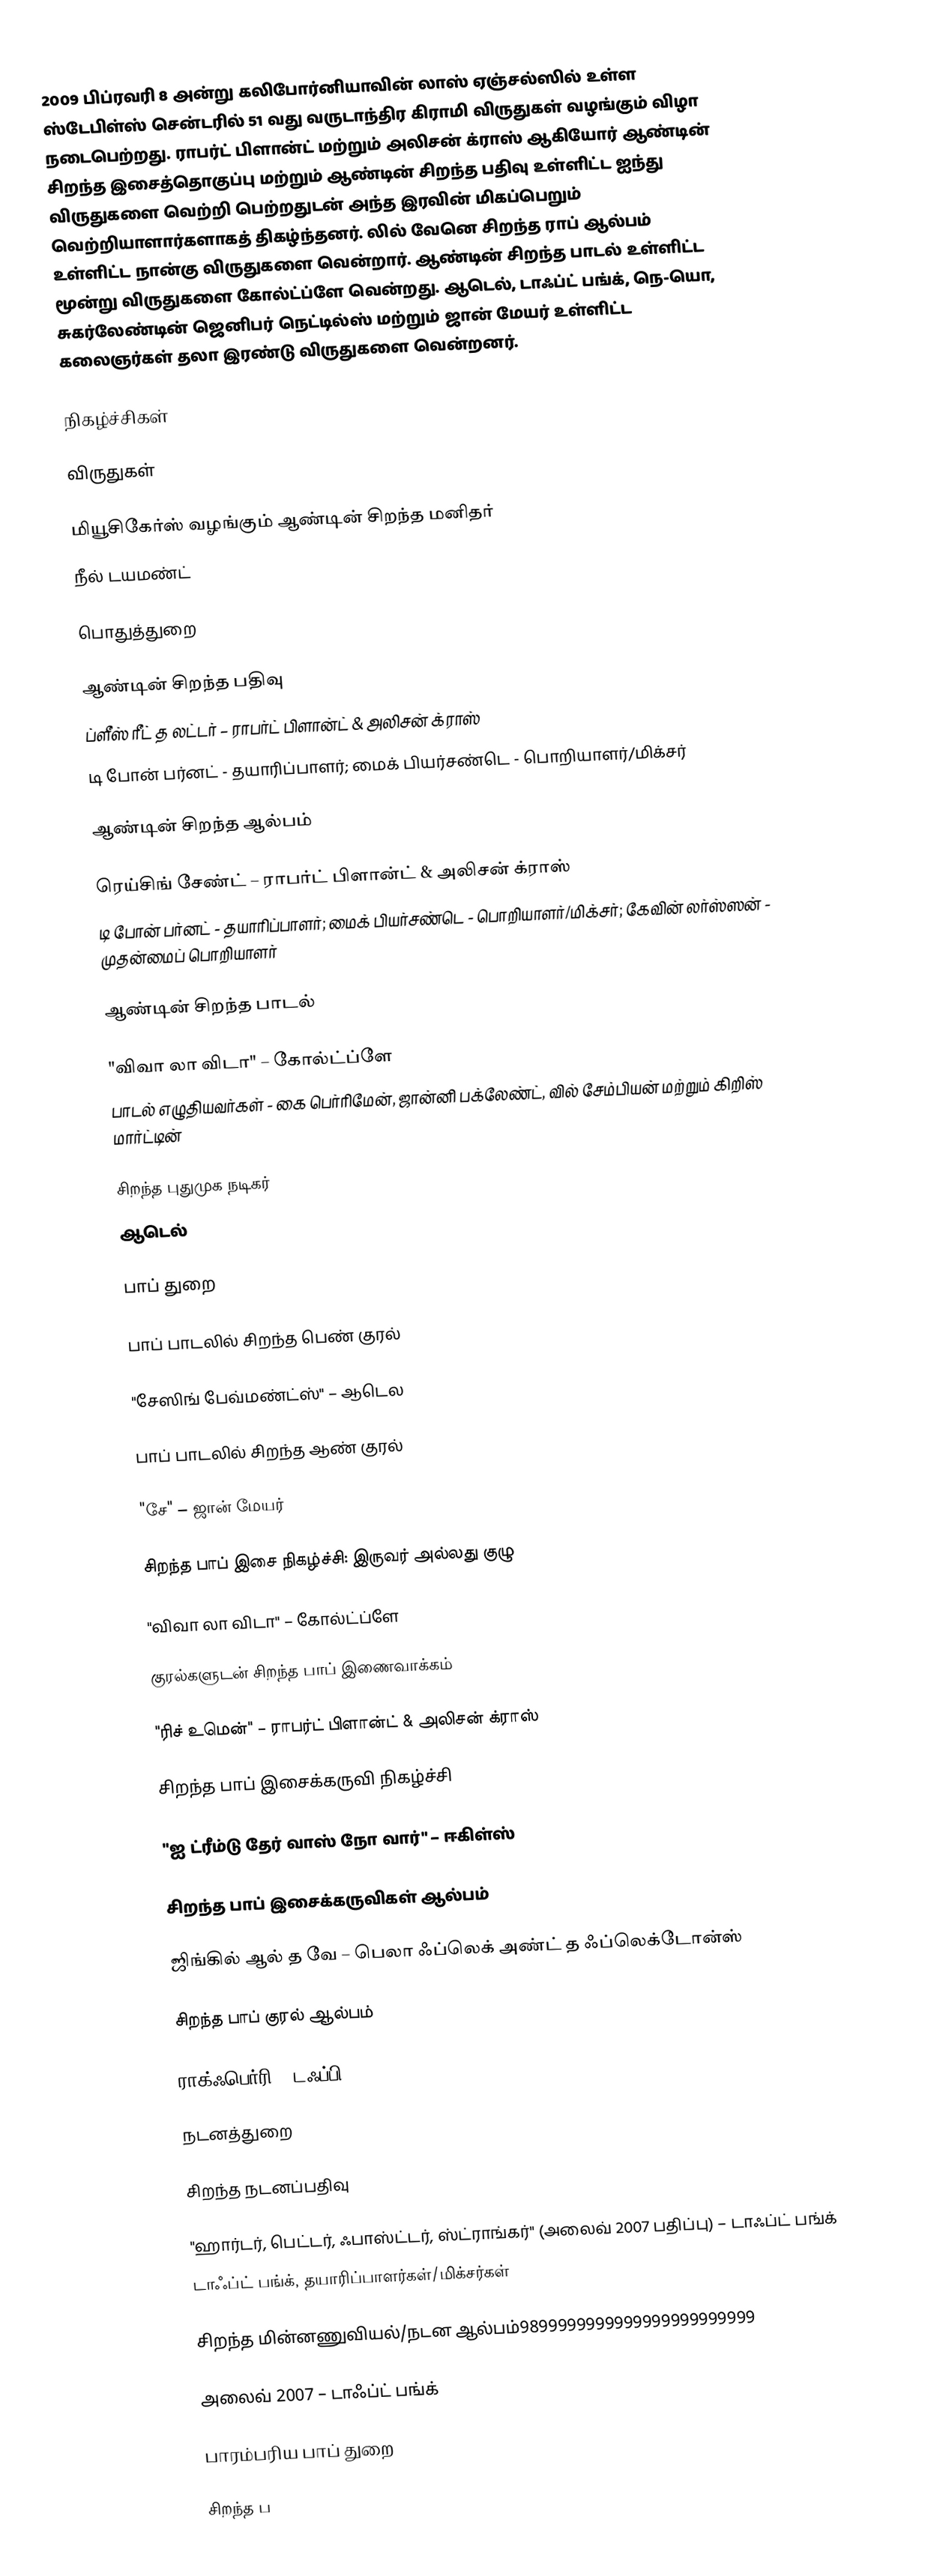
2009 பிப்ரவரி 8 அன்று கலிபோர்னியாவின் லாஸ் ஏஞ்சல்ஸில் உள்ள ஸ்டேபிள்ஸ் சென்டரில் 51 வது வருடாந்திர கிராமி விருதுகள் வழங்கும் விழா நடைபெற்றது. ராபர்ட் பிளான்ட் மற்றும் அலிசன் க்ராஸ் ஆகியோர் ஆண்டின் சிறந்த இசைத்தொகுப்பு மற்றும் ஆண்டின் சிறந்த பதிவு உள்ளிட்ட ஐந்து விருதுகளை வெற்றி பெற்றதுடன் அந்த இரவின் மிகப்பெறும் வெற்றியாளார்களாகத் திகழ்ந்தனர். லில் வேனெ சிறந்த ராப் ஆல்பம் உள்ளிட்ட நான்கு விருதுகளை வென்றார். ஆண்டின் சிறந்த பாடல் உள்ளிட்ட மூன்று விருதுகளை கோல்ட்ப்ளே வென்றது. ஆடெல், டாஃப்ட் பங்க், நெ-யொ, சுகர்லேண்டின் ஜெனிபர் நெட்டில்ஸ் மற்றும் ஜான் மேயர் உள்ளிட்ட கலைஞர்கள் தலா இரண்டு விருதுகளை வென்றனர்.

நிகழ்ச்சிகள்

விருதுகள்

மியூசிகேர்ஸ் வழங்கும் ஆண்டின் சிறந்த மனிதர்
 நீல் டயமண்ட்

பொதுத்துறை

ஆண்டின் சிறந்த பதிவு
 ப்ளீஸ் ரீட் த லட்டர் – ராபர்ட் பிளான்ட் & அலிசன் க்ராஸ்
 டி போன் பர்னட் - தயாரிப்பாளர்; மைக் பியர்சண்டெ - பொறியாளர்/மிக்சர்

ஆண்டின் சிறந்த ஆல்பம்

 ரெய்சிங் சேண்ட் – ராபர்ட் பிளான்ட் & அலிசன் க்ராஸ்
 டி போன் பர்னட் - தயாரிப்பாளர்; மைக் பியர்சண்டெ - பொறியாளர்/மிக்சர்; கேவின் லர்ஸ்ஸன் - முதன்மைப் பொறியாளர்

ஆண்டின் சிறந்த பாடல்

 "விவா லா விடா" – கோல்ட்ப்ளே
 பாடல் எழுதியவர்கள் - கை பெர்ரிமேன், ஜான்னி பக்லேண்ட், வில் சேம்பியன் மற்றும் கிறிஸ் மார்ட்டின்

சிறந்த புதுமுக நடிகர்
 ஆடெல்

பாப் துறை

பாப் பாடலில் சிறந்த பெண் குரல்

 "சேஸிங் பேவ்மண்ட்ஸ்" – ஆடெல

பாப் பாடலில் சிறந்த ஆண் குரல்

 "சே" – ஜான் மேயர்

சிறந்த பாப் இசை நிகழ்ச்சி: இருவர் அல்லது குழு

 "விவா லா விடா" – கோல்ட்ப்ளே

குரல்களுடன் சிறந்த பாப் இணைவாக்கம்

 "ரிச் உமென்" – ராபர்ட் பிளான்ட் & அலிசன் க்ராஸ்

சிறந்த பாப் இசைக்கருவி நிகழ்ச்சி

 "ஐ ட்ரீம்டு தேர் வாஸ் நோ வார்" – ஈகிள்ஸ்

சிறந்த பாப் இசைக்கருவிகள் ஆல்பம்

 ஜிங்கில் ஆல் த வே – பெலா ஃப்லெக் அண்ட் த ஃப்லெக்டோன்ஸ்

சிறந்த பாப் குரல் ஆல்பம்

 ராக்ஃபெர்ரி – டஃப்பி

நடனத்துறை

சிறந்த நடனப்பதிவு

 "ஹார்டர், பெட்டர், ஃபாஸ்ட்டர், ஸ்ட்ராங்கர்" (அலைவ் 2007 பதிப்பு) – டாஃப்ட் பங்க்
 டாஃப்ட் பங்க், தயாரிப்பாளர்கள்/மிக்சர்கள்

சிறந்த மின்னணுவியல்/நடன ஆல்பம்9899999999999999999999999

 அலைவ் 2007 – டாஃப்ட் பங்க்

பாரம்பரிய பாப் துறை

சிறந்த ப